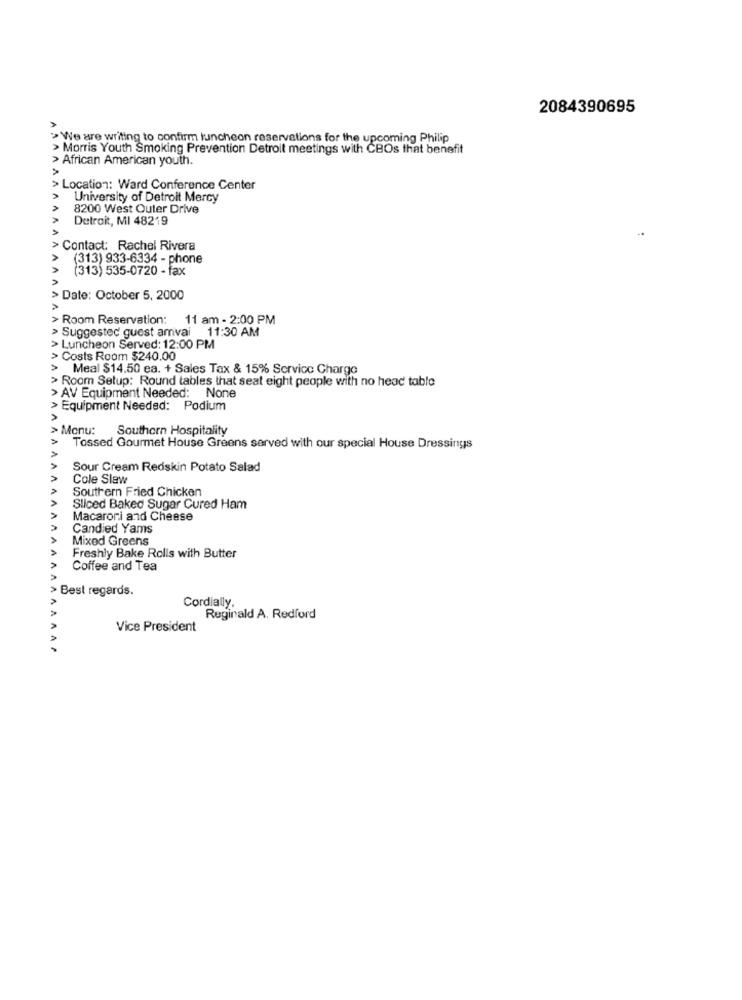
2084390695
>We are writing to confirm luncheon reservations for the upcoming Philip
> Morris Youth Smoking Prevention Detroit meetings with CBOs that benefit
> African American youth.
> Location: Ward Conference Center
University of Detroit Mercy
8200 West Outer Drive
Detroit, MI 48219
> Contact: Rachel Rivera
(313) 933-6334 - phone
(313) 535-0720 - fax
> Date: October 5, 2000
ANI
Room Reservation: 11 am - 2:00 PM
> Suggested guest amvai 11:30 AM
> Luncheon Served: 12:00 PM
Costs Room $240.00
Meal $14.50 ea. + Sales Tax & 15% Service Charge
Room Setup: Round tables that seat eight people with no head table
> AV Equipment Needed: None
Equipment Needed: Podium
AAAAAAAA
> Monu:
Southern Hospitality
Tossed Gourmet House Greens served with our special House Dressings
Sour Cream Redskin Potato Salad
Cole Slaw
Southern Fried Chicken
VV
Sliced Baked Sugar Cured Ham
Macarori and Cheese
Candied Yams
Mixed Greens
VVV
Freshly Bake Rolls with Butter
Coffee and Tea
> Best regards.
VVVV
Cordially.
Reginald A. Redford
Vice President